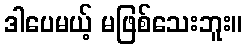
ဒါပေမယ့် မဖြစ်သေးဘူး။